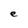
Character: e